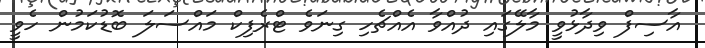
އާސިފް ވިދާޅުވީ މާލޭގައި ދުއްވާ އެއްޗެހި ގިނަވެ ޓްރެފިކް މައްސަލަ ބޮޑުކަމުން ހެވީ